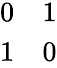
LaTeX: \begin{array}{cc}{{0}}&{{1}}\\ {{1}}&{{0}}\end{array}